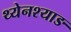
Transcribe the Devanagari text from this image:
थ्येनश्याङ